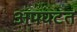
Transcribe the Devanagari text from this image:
अपघटत